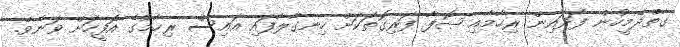
ގާތްދެމީހުން ފަދައިން ރިހާމާއި ޞޮފާ ފަރިގޮތަކަށް ހިނގާލާފައި އައިސް ރިހާމުގެ އޮފީހަށް ވަނެވެ.